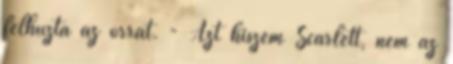
felhúzta az orrát. - Azt hiszem Scarlett, nem az